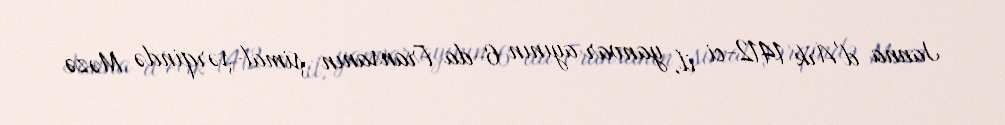
Janna d'Ark 1412-ci il, yanvar ayının 6-da Fransanın şimal-şərqində Məzə